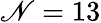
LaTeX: \mathscr{N}=13